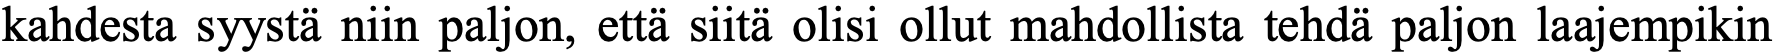
kahdesta syystä niin paljon, että siitä olisi ollut mahdollista tehdä paljon laajempikin